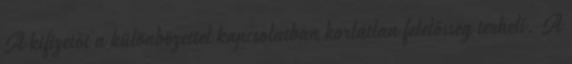
A kifizetőt a különbözettel kapcsolatban korlátlan felelősség terheli. A